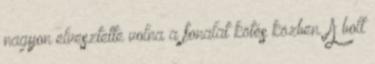
nagyon elvesztette volna a fonalat kötés közben. A bolt